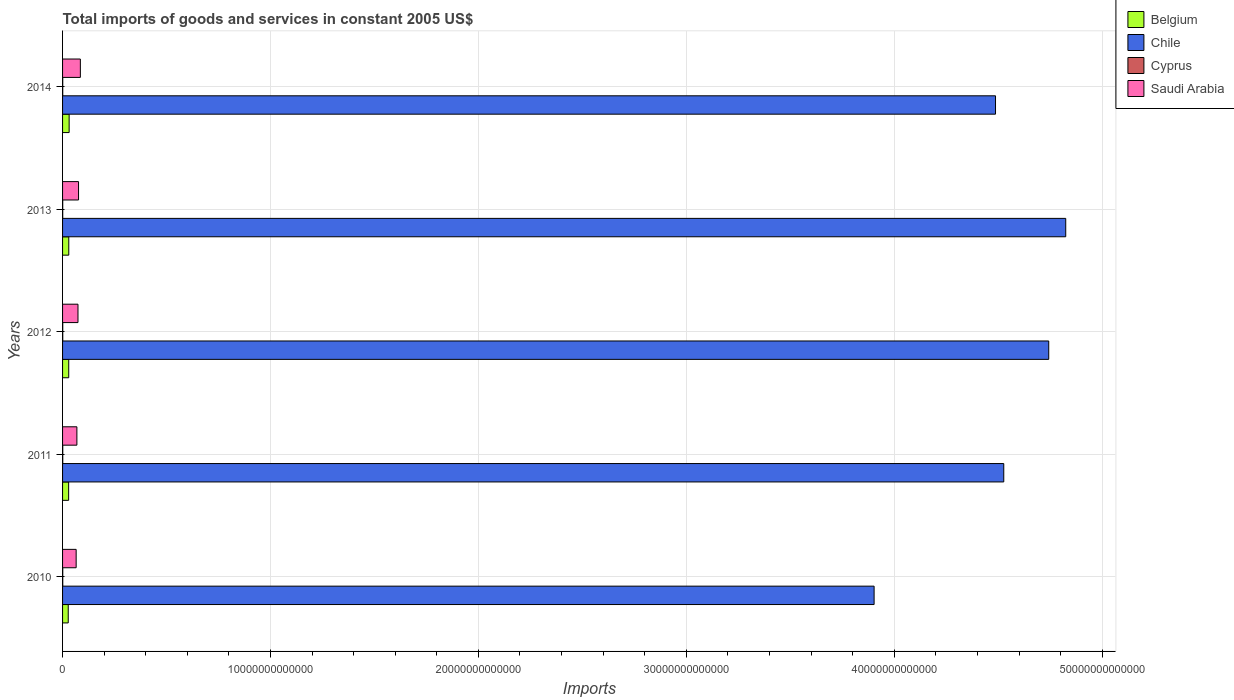
| Years | Belgium | Chile | Cyprus | Saudi Arabia |
 | --- | --- | --- | --- | --- |
 | 2010 | 2.73e+11 | 3.9e+13 | 9.2e+09 | 6.53e+11 |
 | 2011 | 2.92e+11 | 4.53e+13 | 9.14e+09 | 6.89e+11 |
 | 2012 | 2.97e+11 | 4.74e+13 | 8.72e+09 | 7.42e+11 |
 | 2013 | 2.99e+11 | 4.82e+13 | 7.54e+09 | 7.69e+11 |
 | 2014 | 3.16e+11 | 4.49e+13 | 8.14e+09 | 8.56e+11 |